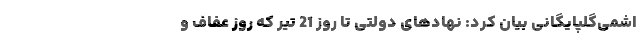
اشمی‌گلپایگانی بیان کرد: نهادهای دولتی تا روز 21 تیر که روز عفاف و